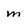
Character: m